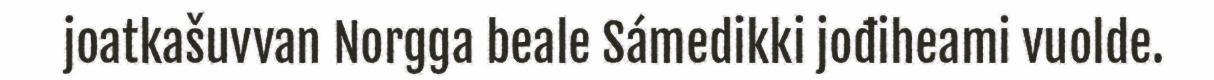
joatkašuvvan Norgga beale Sámedikki jođiheami vuolde.